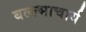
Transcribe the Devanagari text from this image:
बल्ल्भाचार्य